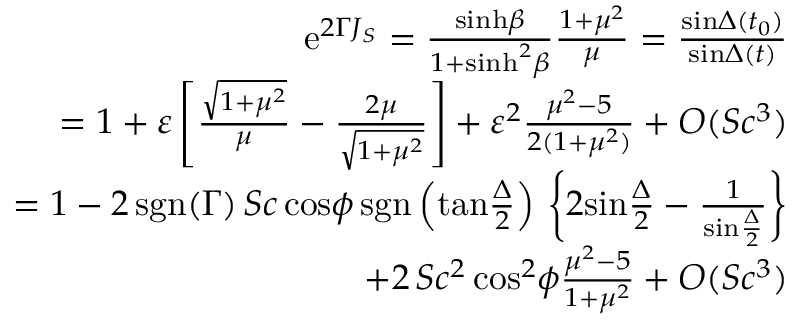
\begin{array} { r l r } & { } & { \mathrm { e } ^ { 2 \Gamma J _ { S } } = { \frac { \mathrm { s i n h } \beta } { 1 + \mathrm { s i n h } ^ { 2 } \beta } } { \frac { 1 + \mu ^ { 2 } } { \mu } } = { \frac { \mathrm { s i n } \Delta ( t _ { 0 } ) } { \mathrm { s i n } \Delta ( t ) } } } \\ & { } & { = 1 + \varepsilon \left[ { \frac { \sqrt { 1 + \mu ^ { 2 } } } { \mu } } - { \frac { 2 \mu } { \sqrt { 1 + \mu ^ { 2 } } } } \right] + \varepsilon ^ { 2 } { \frac { \mu ^ { 2 } - 5 } { 2 ( 1 + \mu ^ { 2 } ) } } + O ( S c ^ { 3 } ) } \\ & { } & { = 1 - 2 \, \mathrm { s g n } ( \Gamma ) \, S c \, \mathrm { c o s } \phi \, \mathrm { s g n } \left( \mathrm { t a n } { \frac { \Delta } { 2 } } \right) \, \left\{ 2 \mathrm { s i n } { \frac { \Delta } { 2 } } - { \frac { 1 } { \mathrm { s i n } { \frac { \Delta } { 2 } } } } \right\} } \\ & { } & { + 2 \, S c ^ { 2 } \, \mathrm { c o s } ^ { 2 } \phi { \frac { \mu ^ { 2 } - 5 } { 1 + \mu ^ { 2 } } } + O ( S c ^ { 3 } ) } \end{array}